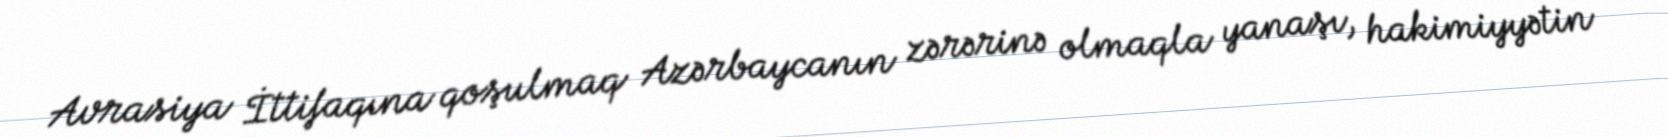
Avrasiya İttifaqına qoşulmaq Azərbaycanın zərərinə olmaqla yanaşı, hakimiyyətin